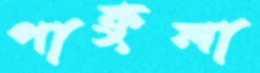
পাকুলা